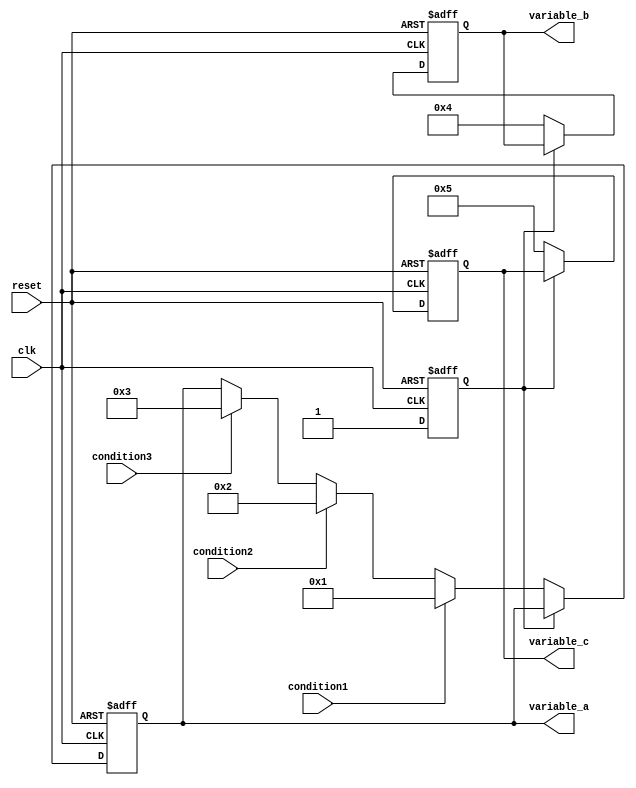
module conditional_initialization #(
    parameter INIT_VALUE_A = 8'h00,
    parameter INIT_VALUE_B = 8'hFF,
    parameter INIT_VALUE_C = 8'hAA
)(
    input wire clk,
    input wire reset,
    input wire condition1,
    input wire condition2,
    input wire condition3,
    output reg [7:0] variable_a,
    output reg [7:0] variable_b,
    output reg [7:0] variable_c
);

    // State to track initialization status
    reg initialized;

    // Sequential logic for initialization
    always @(posedge clk or posedge reset) begin
        if (reset) begin
            // Reset all variables to default values
            variable_a <= INIT_VALUE_A;
            variable_b <= INIT_VALUE_B;
            variable_c <= INIT_VALUE_C;
            initialized <= 0; // Reset initialization status
        end else if (!initialized) begin
            // Conditional initialization based on input conditions
            if (condition1) begin
                variable_a <= 8'h01; // Example initialization value
            end else if (condition2) begin
                variable_a <= 8'h02; // Another initialization value
            end else if (condition3) begin
                variable_a <= 8'h03; // Yet another initialization value
            end
            
            variable_b <= 8'h04; // Common initialization for variable_b
            variable_c <= 8'h05; // Common initialization for variable_c
            
            // Set initialized status to prevent re-initialization
            initialized <= 1;
        end
    end

    // Combinatorial logic (if needed) can be added here

endmodule